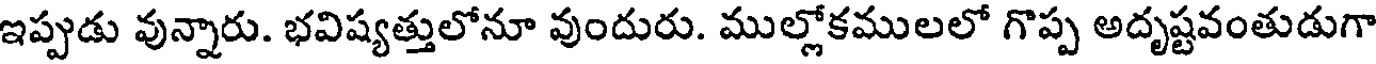
ఇప్పుడు వున్నారు. భవిష్యత్తులోనూ వుందురు. ముల్లోకములలో గొప్ప అదృష్టవంతుడుగా